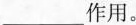
___作用。